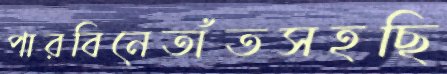
পারবিনেতাঁতসহছি